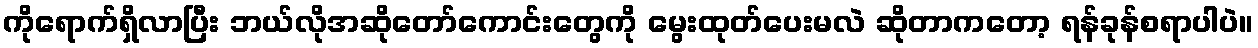
ကိုရောက်ရှိလာပြီး ဘယ်လိုအဆိုတော်ကောင်းတွေကို မွေးထုတ်ပေးမလဲ ဆိုတာကတော့ ရန်ခုန်စရာပါပဲ။